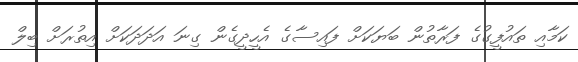
ކަމާއި ތައުފީގުގެ ފަރާތުން ބަޔަކަށް ފައިސާގެ އެހީދީގެން ގިނަ އަދަދަކަށް އިތުރަށް ބިލް